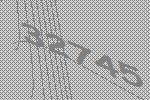
32745